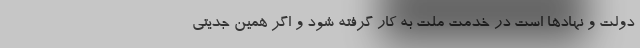
دولت و نهادها است در خدمت ملّت به کار گرفته شود و اگر همین جدّیتی